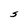
Character: S